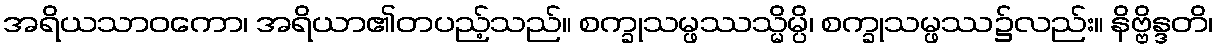
အရိယသာဝကော၊ အရိယာ၏တပည့်သည်။ စက္ခုသမ္ဖဿသ္မိမ္ပိ၊ စက္ခုသမ္ဖဿ၌လည်း။ နိဗ္ဗိန္ဒတိ၊